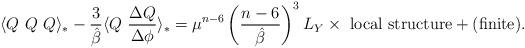
LaTeX: \begin{align*}\langle Q~Q~Q\rangle_* -\frac{3}{\hat{\beta}}\langle Q~\frac{\Delta Q}{\Delta\phi }\rangle_* =\mu ^{n-6}\left( \frac{n-6}{\hat{\beta}}\right)^{3}L_{Y}\times \ {\rm local\ structure}+({\rm finite}) .\end{align*}